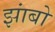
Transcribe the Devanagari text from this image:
झांबो